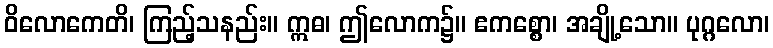
ဝိလောကေတိ၊ ကြည့်သနည်း။ ဣဓ၊ ဤလောက၌။ ဧကစ္စော၊ အချို့သော။ ပုဂ္ဂလော၊